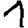
Digit: 1